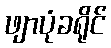
ဖျာပုံခရိုင်